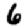
Digit: 6